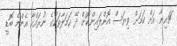
ޗައިނާ އަށް ކަމަށް ވިޔަސް އޮންލައިންކޮށް ދޭ ހަމަލާތަކުގެ ނުރައްކާ އެންމެ ބޮޑީ